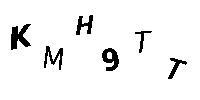
KMH9TT